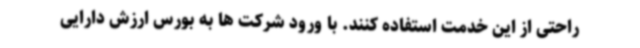
راحتی از این خدمت استفاده کنند. با ورود شرکت ها به بورس ارزش دارایی